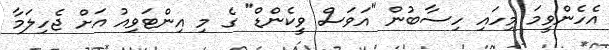
އެހެންވީމަ މިހައި ހިސާބުން "އަވަސް ވީކެންޑް" ގެ މި އިންޓަވިއު އަށް ޖެހިލަމާ